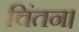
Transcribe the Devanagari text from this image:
चिंतन।